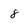
Character: 8